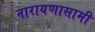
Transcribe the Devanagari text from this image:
नारायणासामी